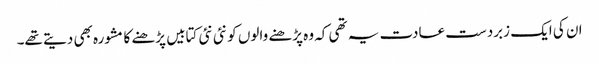
ان کی ایک زبردست عادت یہ تھی کہ وہ پڑھنے والوں کو نئی نئی کتابیں پڑھنے کا مشورہ بھی دیتے تھے۔